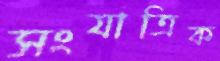
সংযাত্রিক